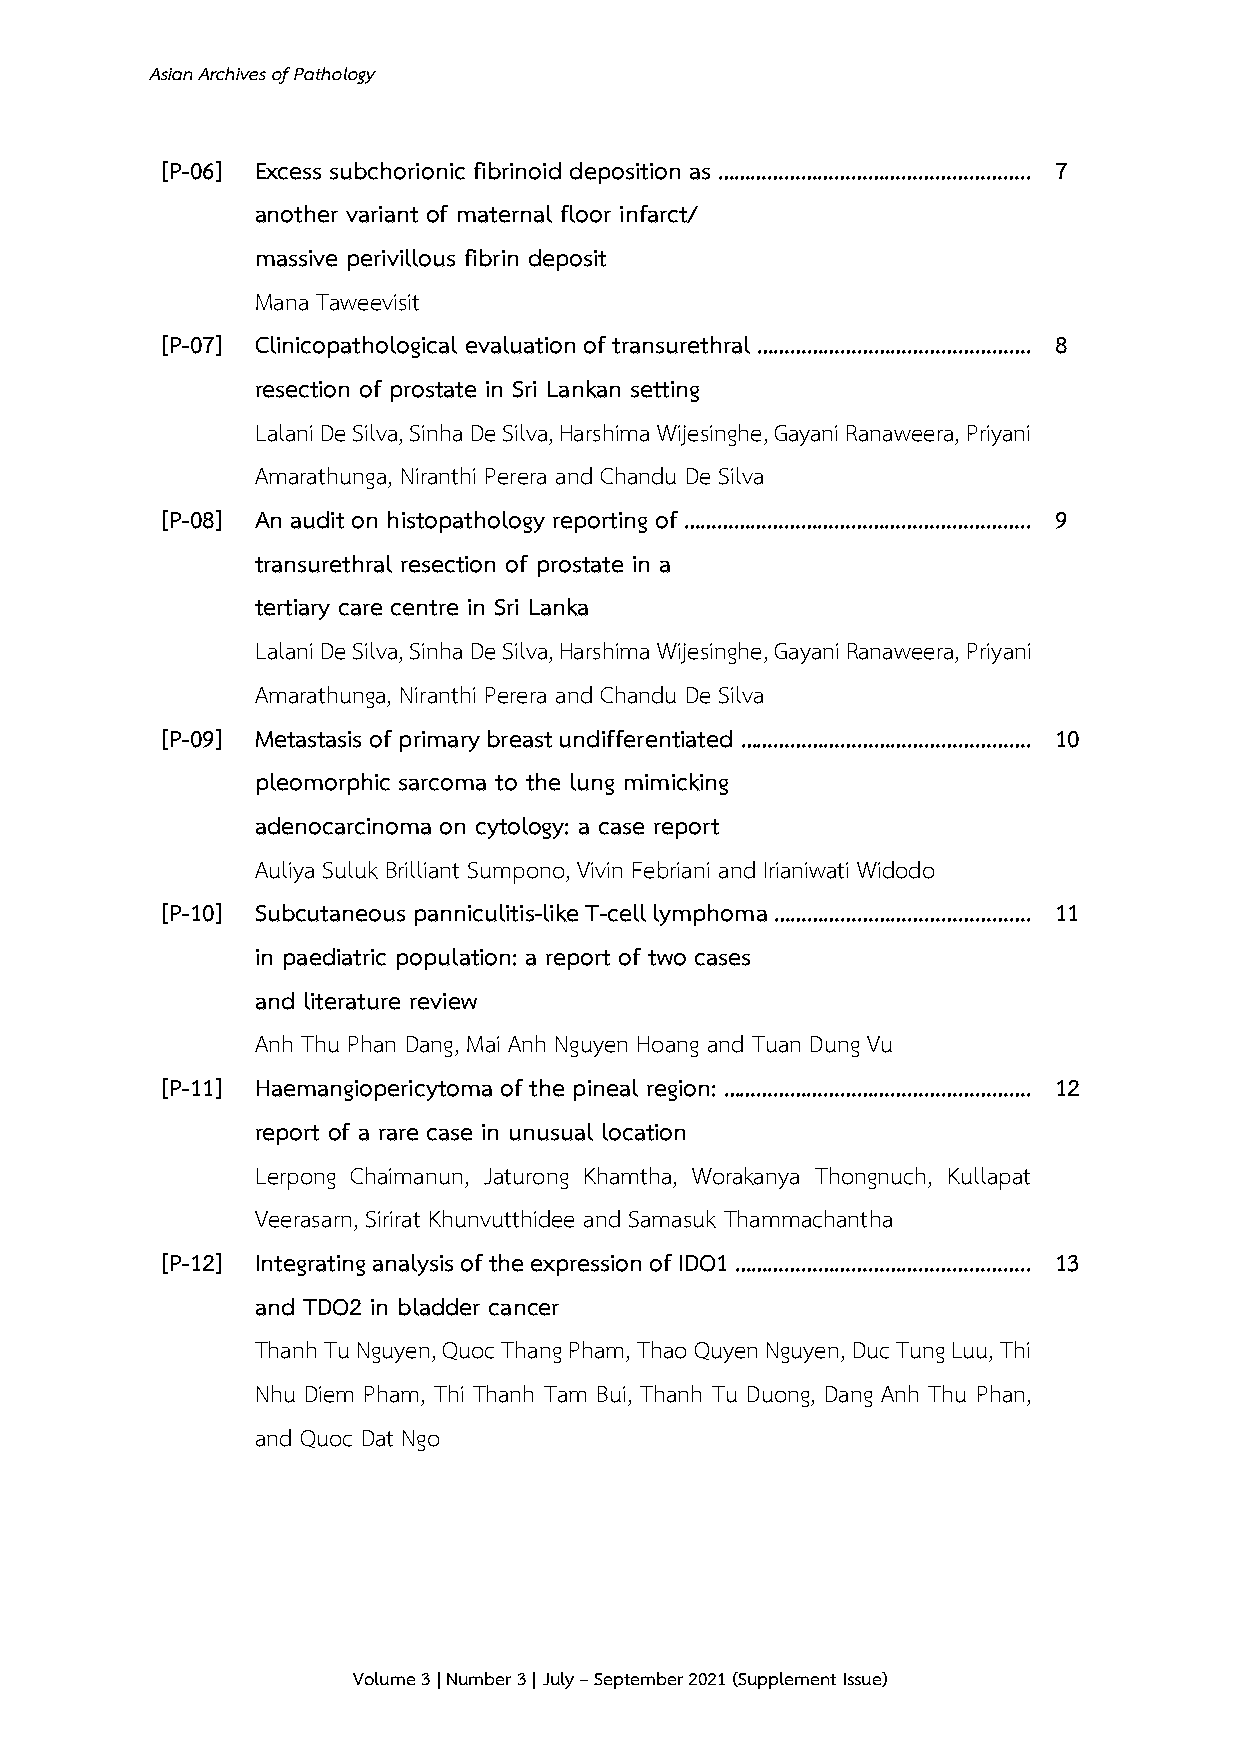
Asian Archives of Pathology
 [P-06] Excess subchorionic fibrinoid deposition as ……………………………………………….. 7
 another variant of maternal floor infarct/
 massive perivillous fibrin deposit
 Mana Taweevisit
 [P-07] Clinicopathological evaluation of transurethral …………………………………………. 8
 resection of prostate in Sri Lankan setting
 Lalani De Silva, Sinha De Silva, Harshima Wijesinghe, Gayani Ranaweera, Priyani
 Amarathunga, Niranthi Perera and Chandu De Silva
 [P-08] An audit on histopathology reporting of …………………………………………………….. 9
 transurethral resection of prostate in a
 tertiary care centre in Sri Lanka
 Lalani De Silva, Sinha De Silva, Harshima Wijesinghe, Gayani Ranaweera, Priyani
 Amarathunga, Niranthi Perera and Chandu De Silva
 [P-09] Metastasis of primary breast undifferentiated ……………………………………………. 10
 pleomorphic sarcoma to the lung mimicking
 adenocarcinoma on cytology: a case report
 Auliya Suluk Brilliant Sumpono, Vivin Febriani and Irianiwati Widodo
 [P-10] Subcutaneous panniculitis-like T-cell lymphoma ………………………………………. 11
 in paediatric population: a report of two cases
 and literature review
 Anh Thu Phan Dang, Mai Anh Nguyen Hoang and Tuan Dung Vu
 [P-11] Haemangiopericytoma of the pineal region: ………………………………………………. 12
 report of a rare case in unusual location
 Lerpong Chaimanun, Jaturong Khamtha, Worakanya Thongnuch, Kullapat
 Veerasarn, Sirirat Khunvutthidee and Samasuk Thammachantha
 [P-12] Integrating analysis of the expression of IDO1 …………………………………………….. 13
 and TDO2 in bladder cancer
 Thanh Tu Nguyen, Quoc Thang Pham, Thao Quyen Nguyen, Duc Tung Luu, Thi
 Nhu Diem Pham, Thi Thanh Tam Bui, Thanh Tu Duong, Dang Anh Thu Phan,
 and Quoc Dat Ngo
 Volume 3 | Number 3 | July – September 2021 (Supplement Issue)